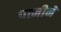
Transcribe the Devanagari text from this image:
पत्नीनें